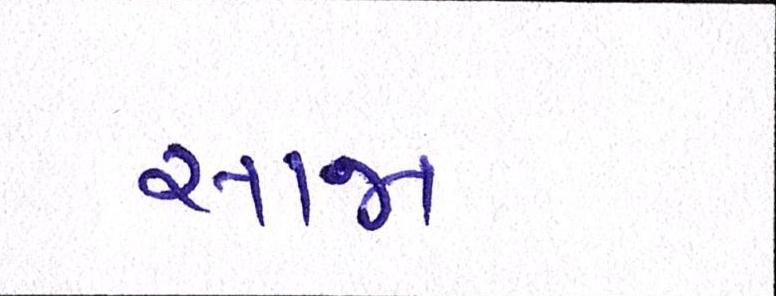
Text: સાજા